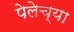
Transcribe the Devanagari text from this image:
पेलेच्या